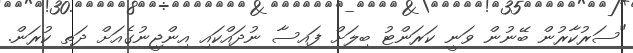
"ސަރުކާރުން ބޭނުން ވަނީ ކަރަންޓު ބިލަށް ފައިސާ ނުދައްކައި އިންޖީނުގެއަށް ދަތި ކުރަން.